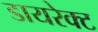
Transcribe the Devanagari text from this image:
डायरेक्‍ट